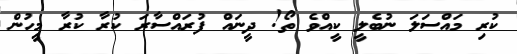
ކުރި މައްސަލަ ނުބެލީ ކީއްވެ ތޯ! ދީނައް ފުރައްސާރަ ކުރާ ކުރާ މީހުން